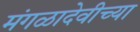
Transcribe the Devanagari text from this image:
मंगळादेवीच्या